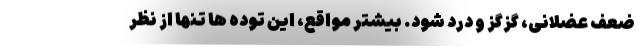
ضعف عضلانی، گزگز و درد شود. بیشتر مواقع، این توده ها تنها از نظر